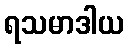
ရသမာဒါယ